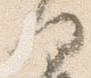
何